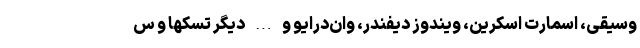
وسیقی، اسمارت اسکرین، ویندوز دیفندر، وان‌درایو و … دیگر تسکها و س